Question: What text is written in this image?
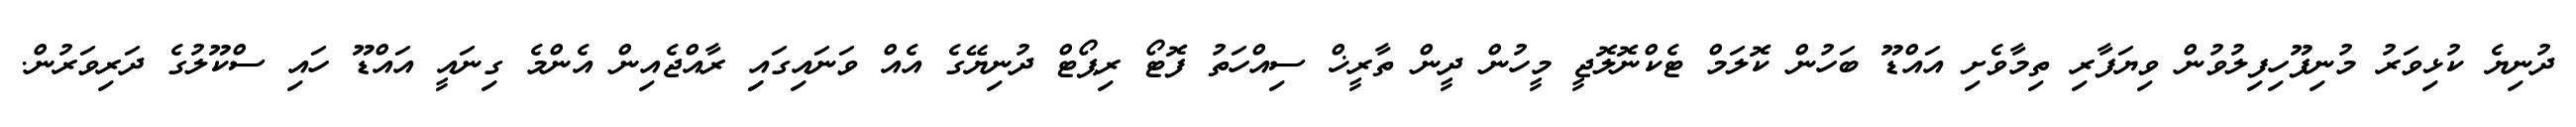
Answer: ދުނިޔެ ކުޅިވަރު މުނިފޫހިފިލުވުން ވިޔަފާރި ތިމާވެށި އައްޑޫ ބަހުން ކޮލަމް ޓެކްނޮލޮޖީ މީހުން ދީން ތާރީޚް ސިއްހަތު ފޮޓޯ ރިޕޯޓް ދުނިޔޭގެ އެއް ވަނައިގައިި ރާއްޖެއިން އެންމެ ގިނައީ އައްޑޫ ހައި ސްކޫލުގެ ދަރިވަރުން.